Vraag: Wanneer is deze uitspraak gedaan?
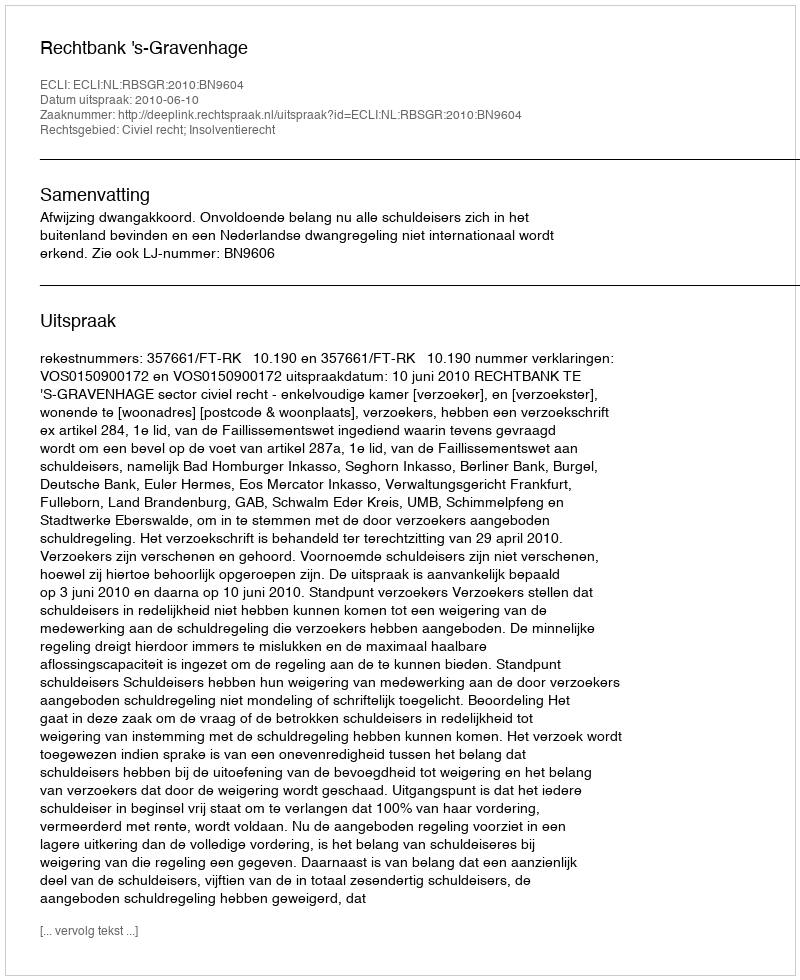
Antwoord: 2010-06-10